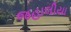
જહાલીયા